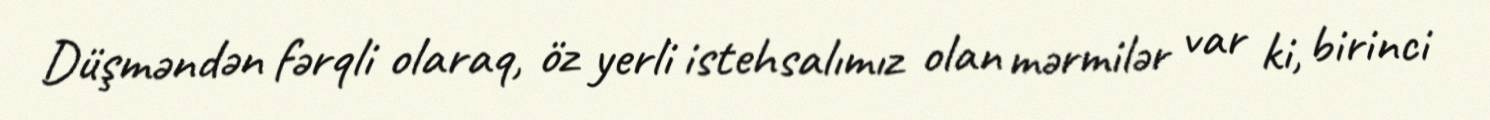
Düşməndən fərqli olaraq, öz yerli istehsalımız olan mərmilər var ki, birinci